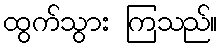
ထွက်သွား ကြသည်။